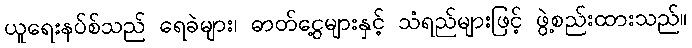
ယူရေးနပ်စ်သည် ရေခဲများ၊ ဓာတ်ငွေ့များနှင့် သံရည်များဖြင့် ဖွဲ့စည်းထားသည်။